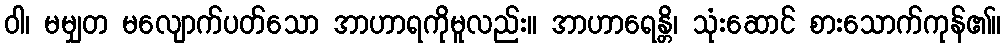
ဝါ၊ မမျှတ မလျောက်ပတ်သော အာဟာရကိုမူလည်း။ အာဟာရေန္တိ၊ သုံးဆောင် စားသောက်ကုန်၏။